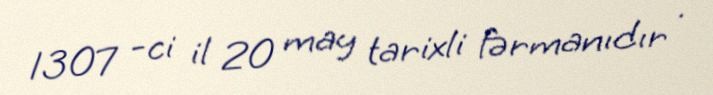
1307 -ci il 20 may tarixli fərmanıdır .